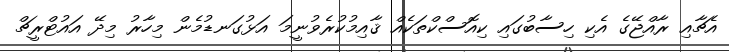
އެޗާއި ރާއްޖޭގެ އެކި ހިސާބުގައި ކިއޮސްކްތަކެއް ޤާއިމުކުރެވުނީމަ އަޅުގަނޑުމެން މިހާރު މިދޭ އައުޓްރީޗް